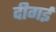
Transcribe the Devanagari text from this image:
दीगई